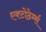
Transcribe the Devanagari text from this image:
एक्टोठेर्म्स